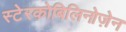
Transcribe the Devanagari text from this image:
स्टेरकोबिलिनोज़ेन